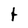
Character: t